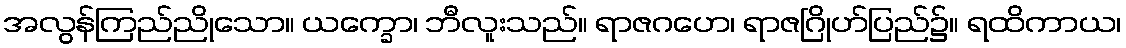
အလွန်ကြည်ညိုသော။ ယက္ခော၊ ဘီလူးသည်။ ရာဇဂဟေ၊ ရာဇဂြိုဟ်ပြည်၌။ ရထိကာယ၊